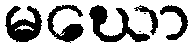
မဃော